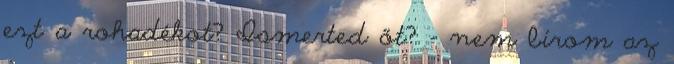
ezt a rohadékot? Ismerted őt? - nem bírom az